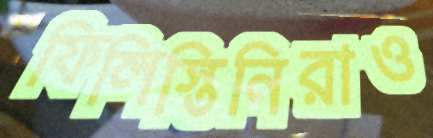
ফিলিস্তিনিরাও